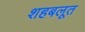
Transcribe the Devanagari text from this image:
शहबलूत